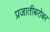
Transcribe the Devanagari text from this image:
प्रजातीबरोबर